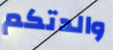
والدتكم